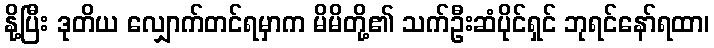
နို့ပြီး ဒုတိယ လျှောက်တင်ရမှာက မိမိတို့၏ သက်ဦးဆံပိုင်ရှင် ဘုရင်နော်ရထာ၊